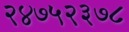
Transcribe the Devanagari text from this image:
२४७५२३७८